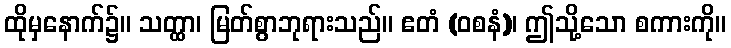
ထိုမှနောက်၌။ သတ္ထာ၊ မြတ်စွာဘုရားသည်။ ဧတံ (ဝစနံ)၊ ဤသို့သော စကားကို။